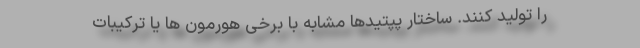
را تولید کنند. ساختار پپتیدها مشابه با برخی هورمون ها یا ترکیبات